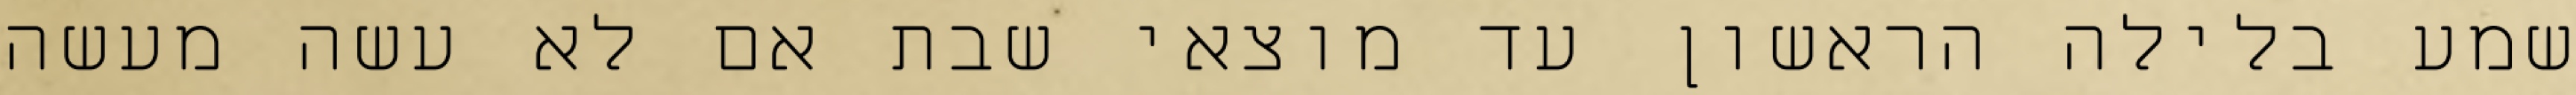
שמע בלילה הראשון עד מוצאי שבת אם לא עשה מעשה